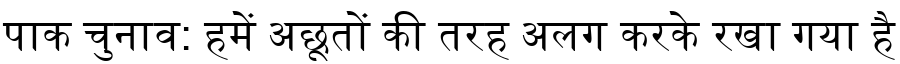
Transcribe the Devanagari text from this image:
पाक चुनाव: हमें अछूतों की तरह अलग करके रखा गया है